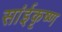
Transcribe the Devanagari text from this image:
सांईकृष्‍ण